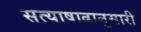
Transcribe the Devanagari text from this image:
सत्याषाढानुसारी